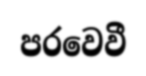
පරවෙවී